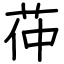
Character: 茽